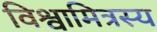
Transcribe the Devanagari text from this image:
विश्वामित्रस्य